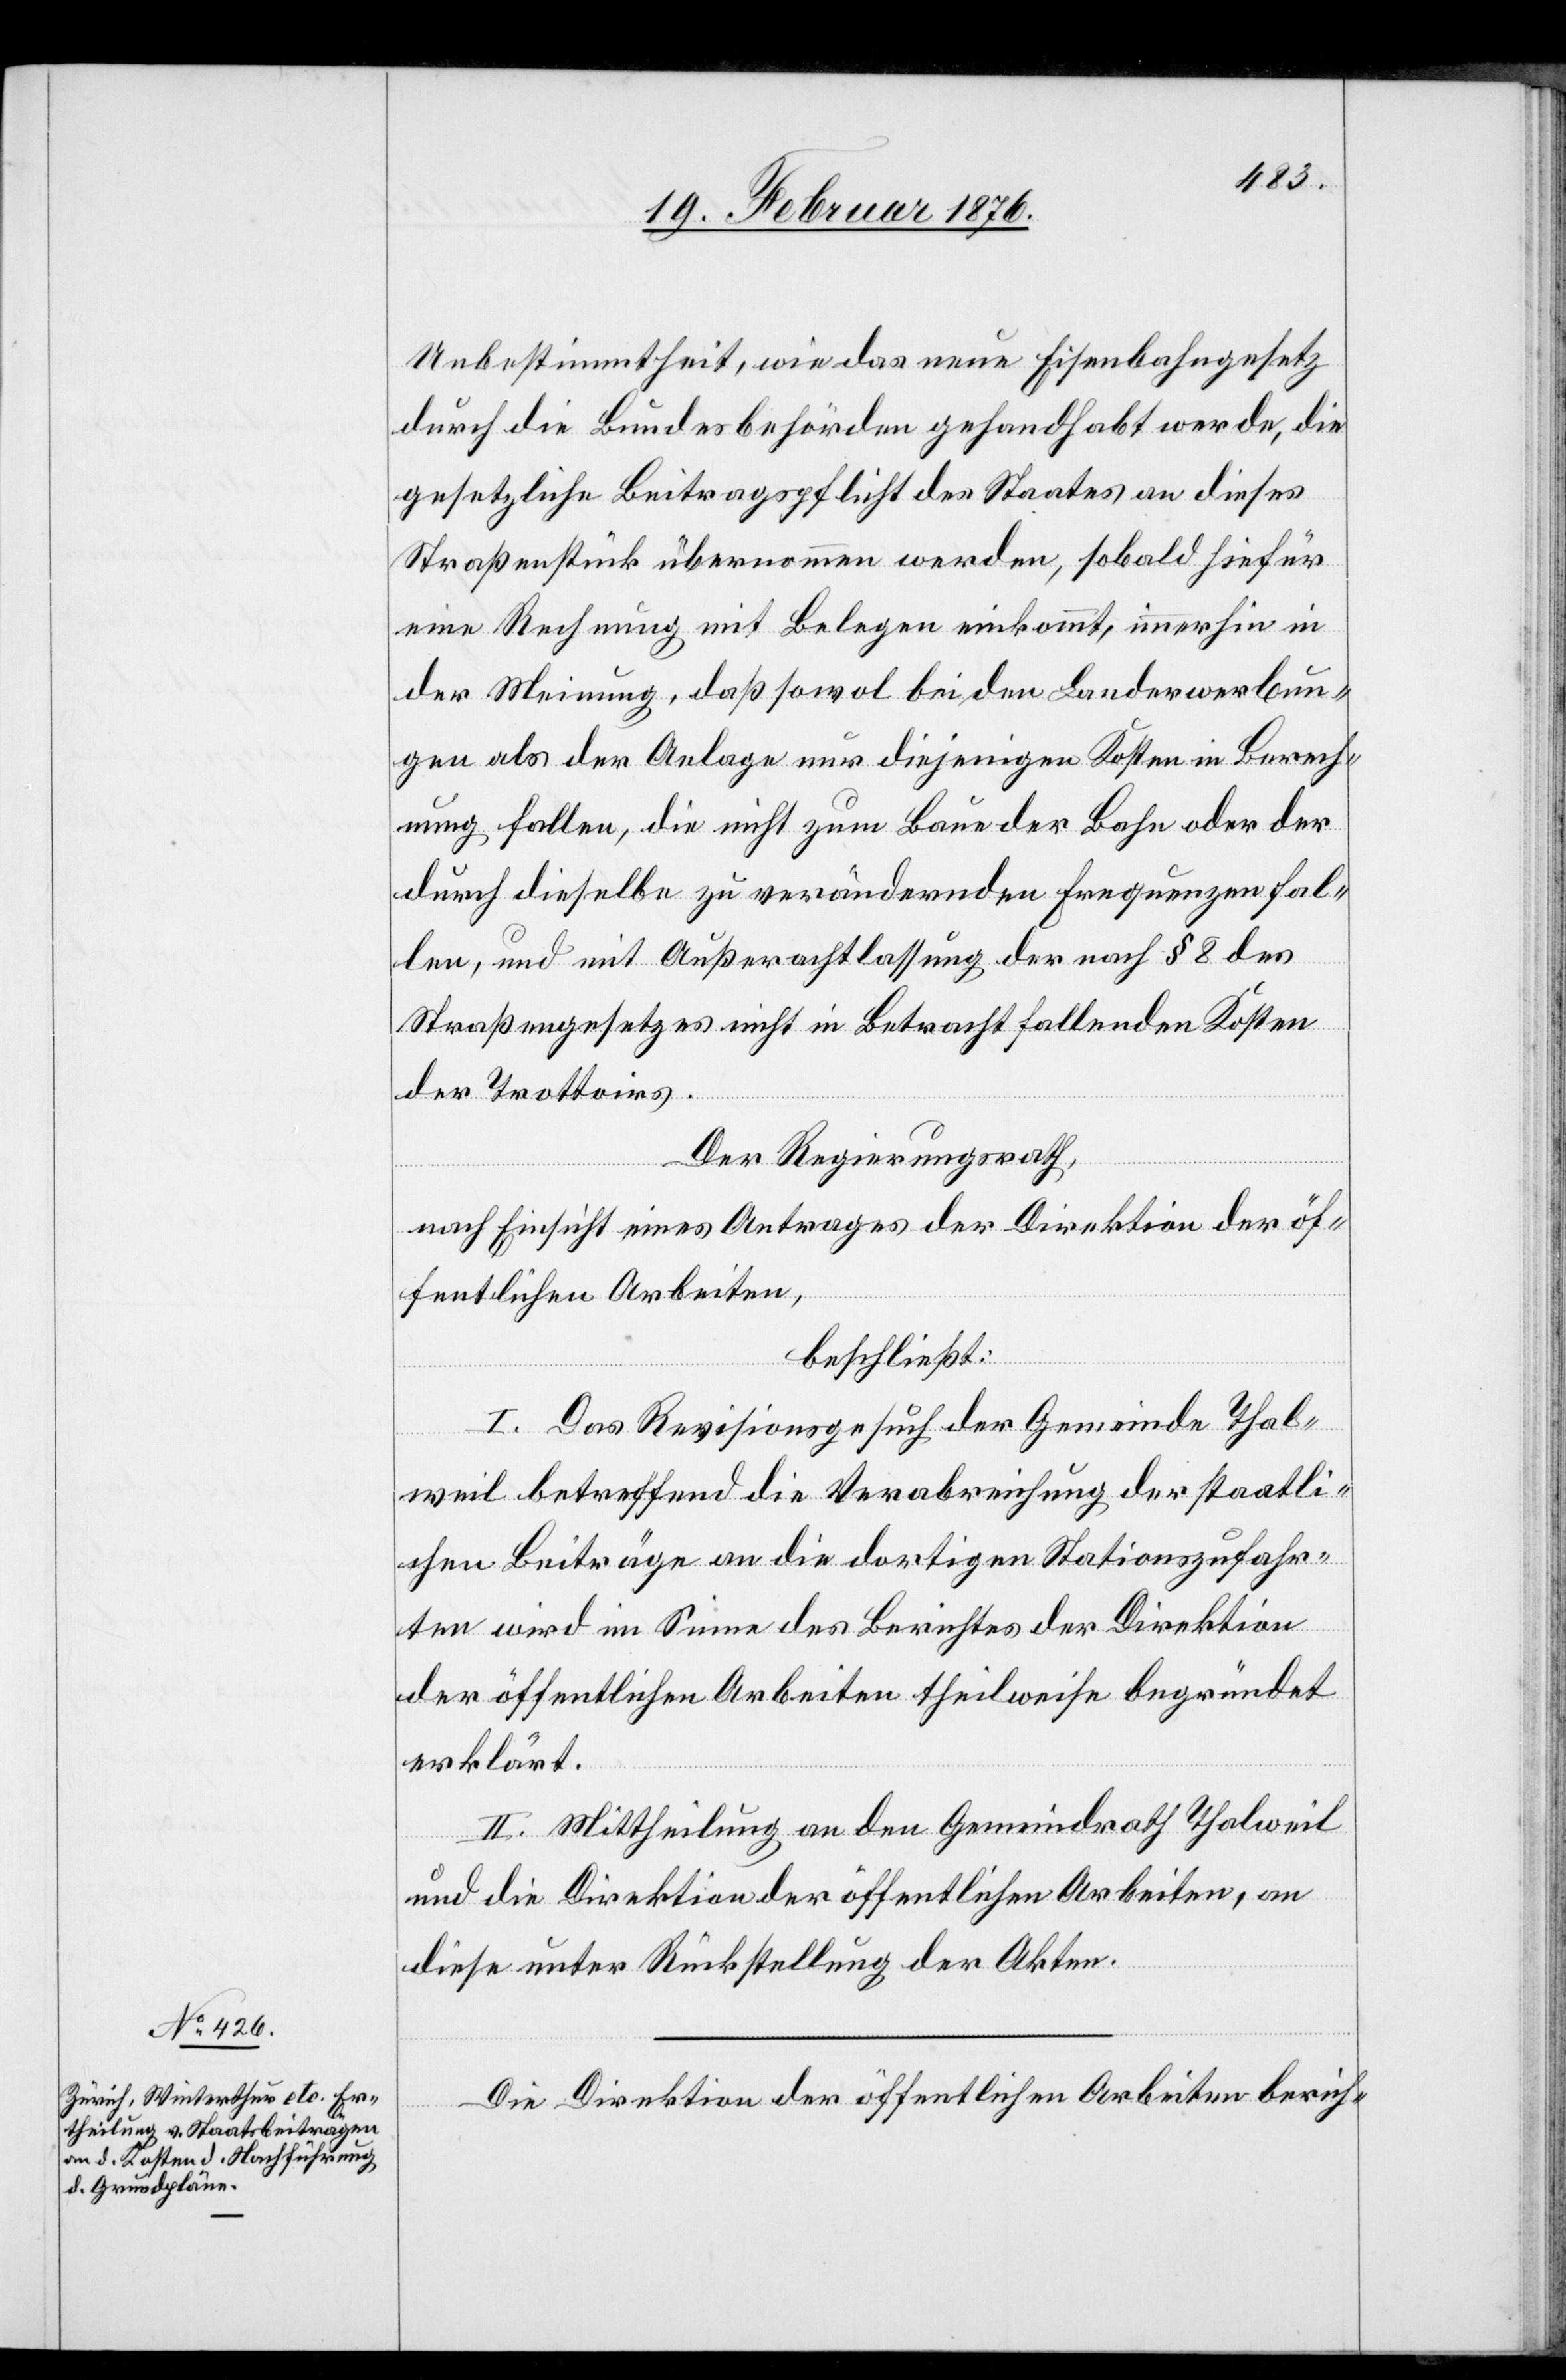
Unbestimmtheit, wie das neue Eisenbahngesetz
durch die Bundesbehörden gehandhabt werde, die
gesetzliche Beitragspflicht des Staates an dieses
Straßenstück übernommen werden, sobald hiefür
eine Rechnung mit Belegen einkommt, immerhin in
der Meinung, daß sowol bei den Landerwerbun¬
gen als der Anlage nur diejenigen Kosten in Berech¬
nung fallen, die nicht zum Bau der Bahn oder der
durch dieselbe zu verändernden Frequenzen fal¬
len, und mit Außerachtlassung der nach § 8 des
Straßengesetzes nicht in Betracht fallenden Kosten
der Trottoirs.
und
Der Regierungsrath,
nach Einsicht eines Antrages der Direktion der öf¬
fentlichen Arbeiten,
beschließt:
I. Das Revisionsgesuch der Gemeinde Thal¬
weil betreffend die Verabreichung der staatli¬
chen Beiträge an die dortigen Stationszufahr¬
en wird im Sinne des Berichtes der Direktion
der öffentlichen Arbeiten theilweise begründet
erklärt.
II. Mittheilung an den Gemeindrath Thalweil
an die Direktion der öffentlichen Arbeiten, an
diese unter Rückstellung der Akten.
Die Direktion der öffentlichen Arbeiten berich-